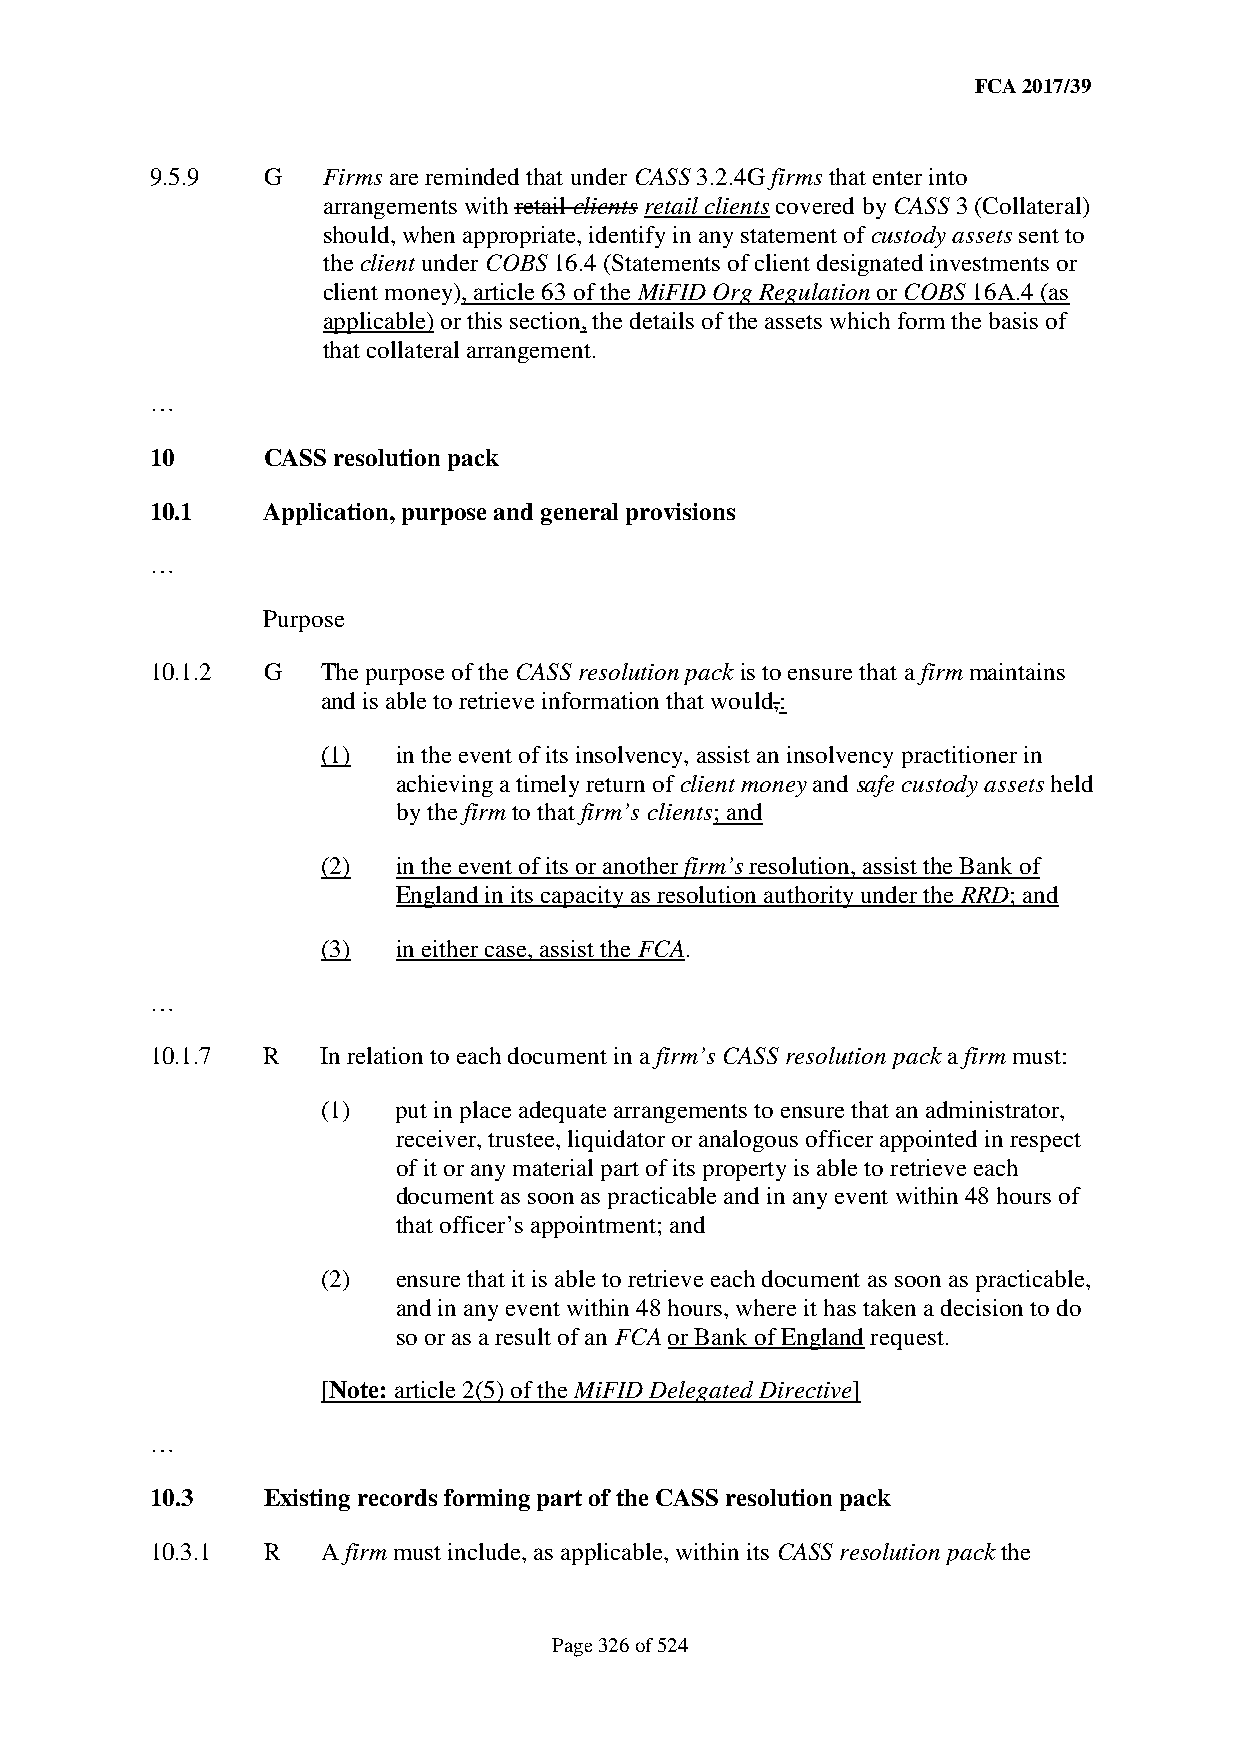
FCA 2017/39
 9.5.9  G   Firms are reminded that under CASS 3.2.4G firms that enter into
 arrangements with retail clients retail clients covered by CASS 3 (Collateral)
 should, when appropriate, identify in any statement of custody assets sent to
 the client under COBS 16.4 (Statements of client designated investments or
 client money), article 63 of the MiFID Org Regulation or COBS 16A.4 (as
 applicable) or this section, the details of the assets which form the basis of
 that collateral arrangement.
 …
 10     CASS resolution pack
 10.1   Application, purpose and general provisions
 …
 Purpose
 10.1.2 G   The purpose of the CASS resolution pack is to ensure that a firm maintains
 and is able to retrieve information that would,:
 (1)  in the event of its insolvency, assist an insolvency practitioner in
 achieving a timely return of client money and safe custody assets held
 by the firm to that firm’s clients; and
 (2)  in the event of its or another firm’s resolution, assist the Bank of
 England in its capacity as resolution authority under the RRD; and
 (3)  in either case, assist the FCA.
 …
 10.1.7 R   In relation to each document in a firm’s CASS resolution pack a firm must:
 (1)  put in place adequate arrangements to ensure that an administrator,
 receiver, trustee, liquidator or analogous officer appointed in respect
 of it or any material part of its property is able to retrieve each
 document as soon as practicable and in any event within 48 hours of
 that officer’s appointment; and
 (2)  ensure that it is able to retrieve each document as soon as practicable,
 and in any event within 48 hours, where it has taken a decision to do
 so or as a result of an FCA or Bank of England request.
 [Note: article 2(5) of the MiFID Delegated Directive]
 …
 10.3   Existing records forming part of the CASS resolution pack
 10.3.1 R   A firm must include, as applicable, within its CASS resolution pack the
 Page 326 of 524